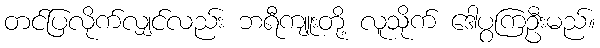
တင်ပြလိုက်လျှင်လည်း ဘရီကျူးတို့ လူသိုက် ဒေါပွကြဦးမည်။